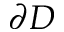
\partial D